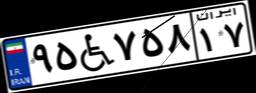
۹۵W۷۵۸۱۷